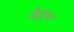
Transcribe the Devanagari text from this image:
बैकुस